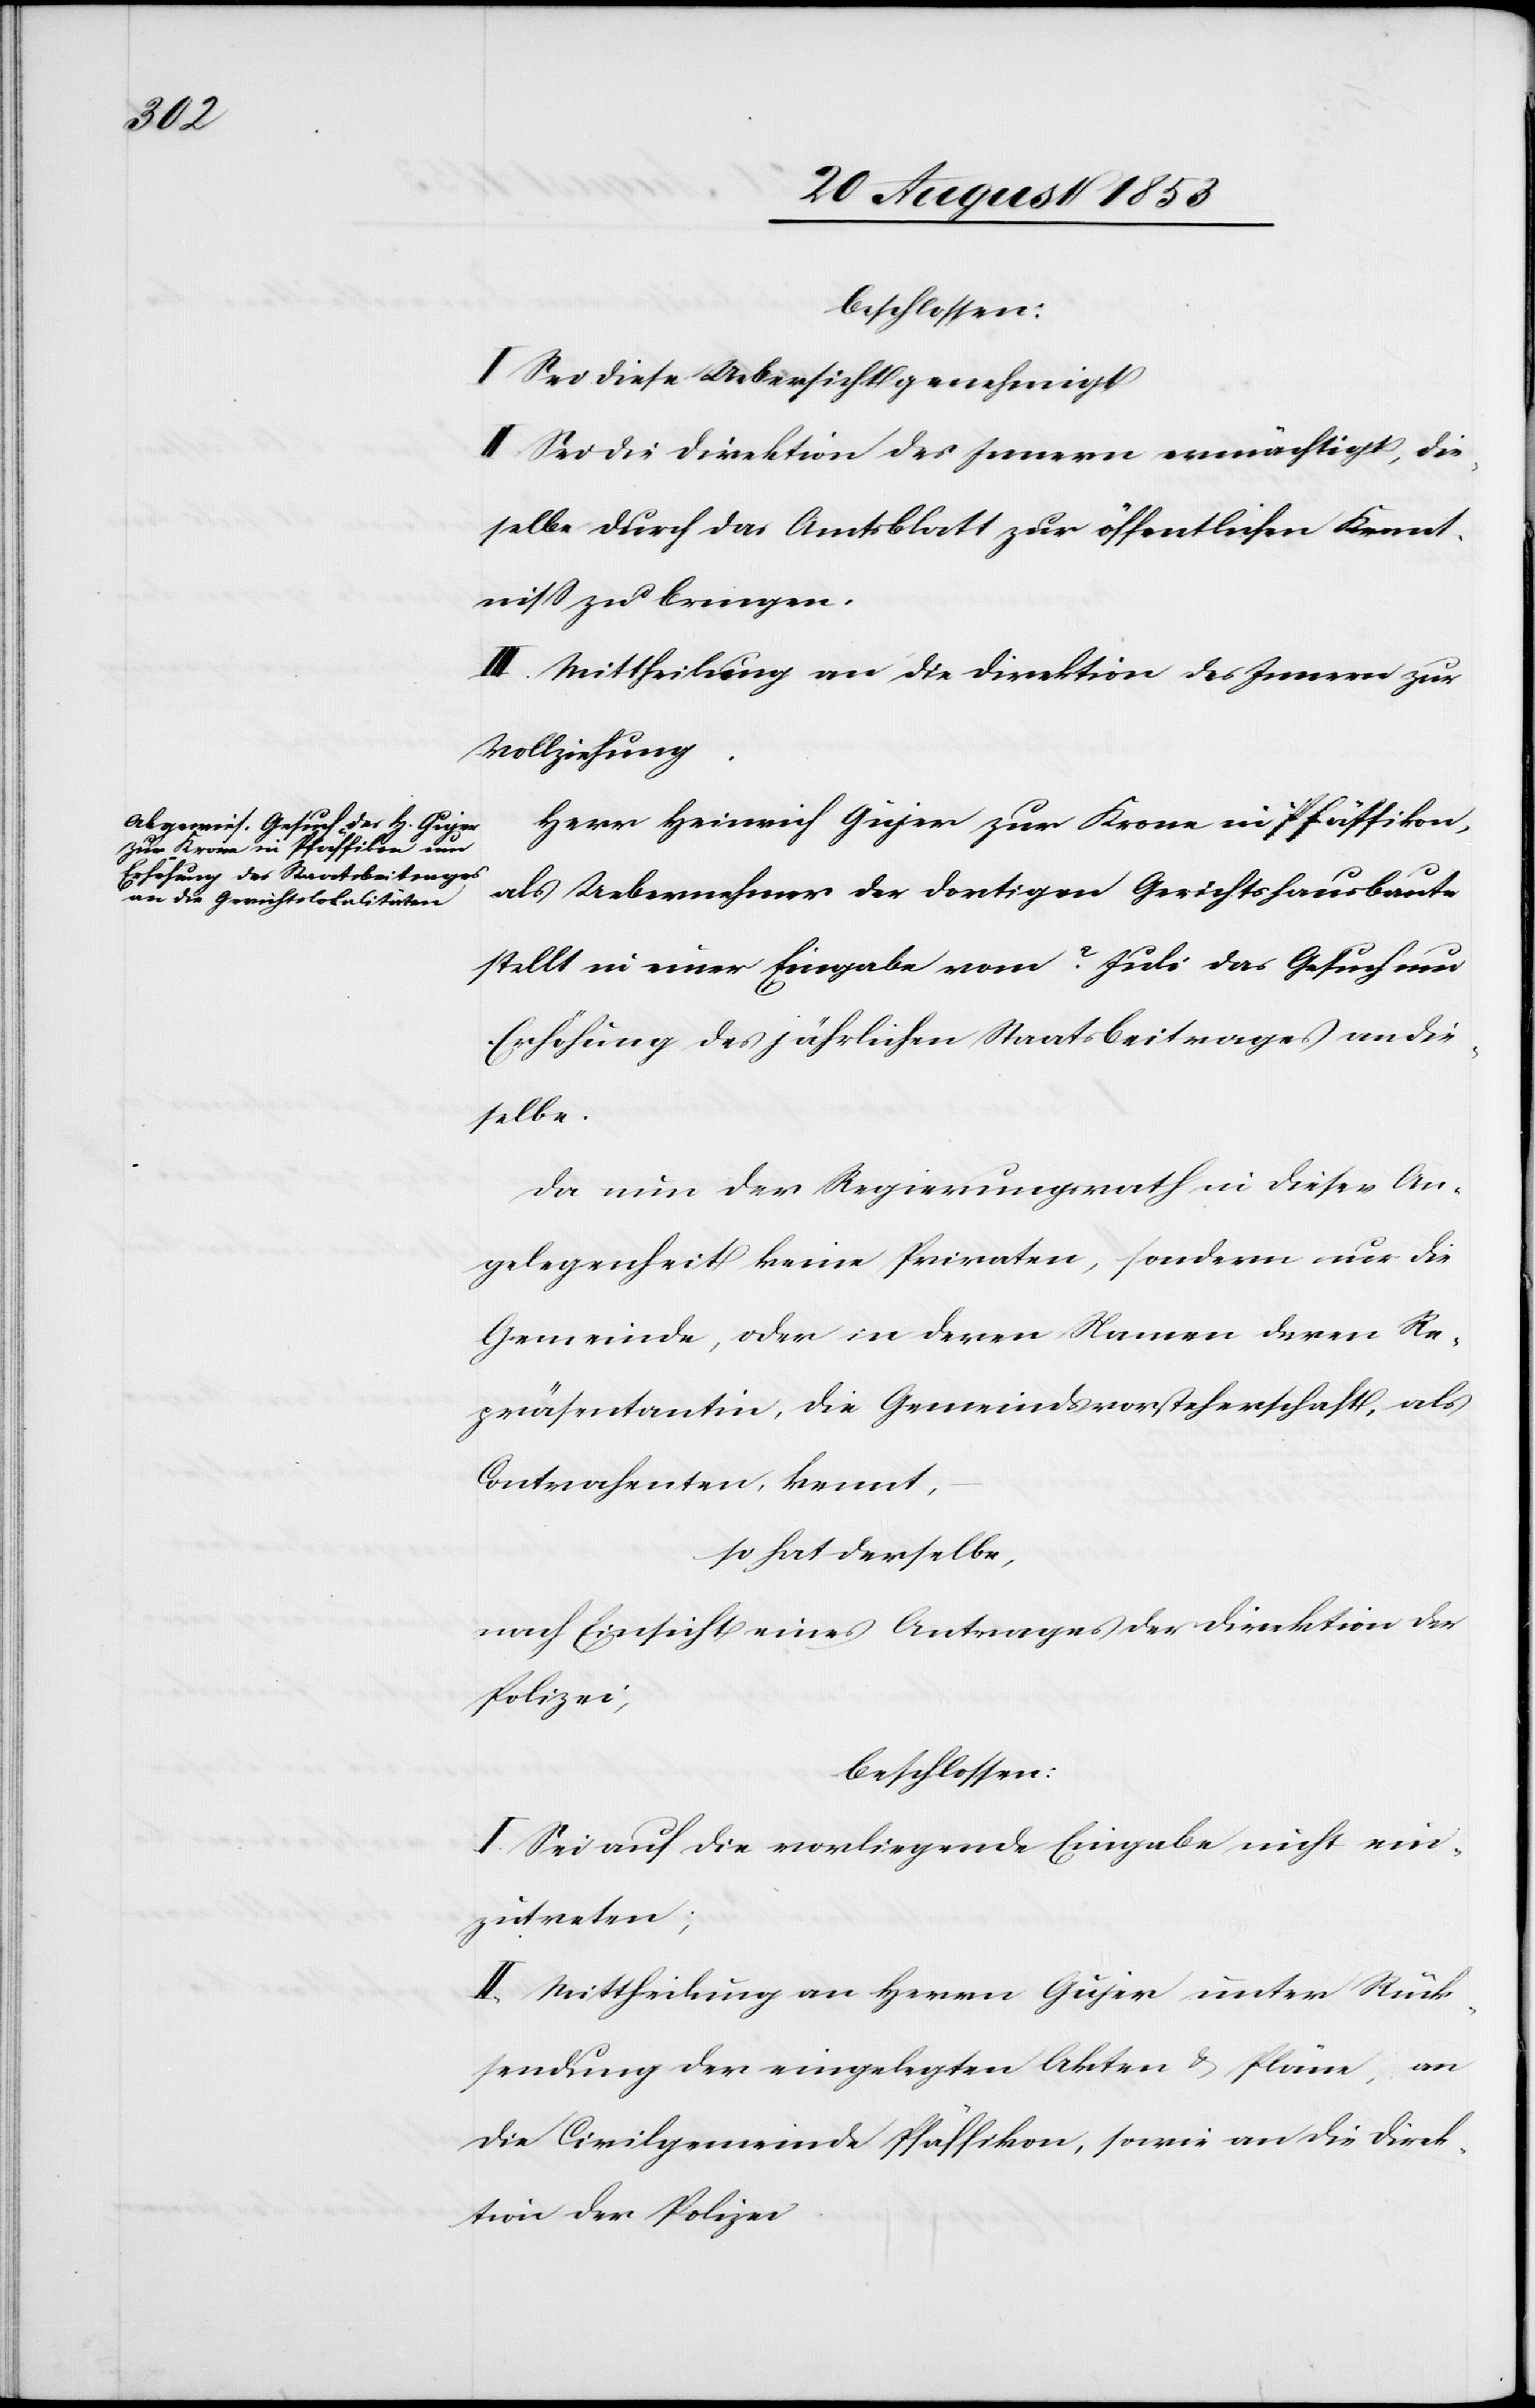
beschlossen:
I. Sei diese Uebersicht genehmigt.
II. Sei die Direktion des Innern ermächtigt, die¬
selbe durch das Amtsblatt zur öffentlichen Kennt¬
niß zu bringen.
III. Mittheilung an die Direktion des Innern zur
Vollziehung.
Herr Heinrich Gujer zur Krone in Pfäffikon,
als Uebernehmer der dortigen Gerichtshausbaute
stellt in einer Eingabe vom ? Juli [sic!] das Gesuch um
Erhöhung des jährlichen Staatsbeitrages an die¬
selbe.
Da nun der Regierungsrath in dieser An¬
gelegenheit keine Privaten, sondern nur die
Gemeinde, oder in deren Namen deren Re¬
präsentantin, die Gemeindsvorsteherschaft, als
Contrahenten, kennt,
so hat derselbe,
nach Einsicht eines Antrages der Direktion der
Polizei,
beschlossen:
I. Sei auf die vorliegende Eingabe nicht ein¬
zutreten;
II. Mittheilung an Herrn Gujer unter Rück¬
sendung der eingelegten Akten u. Pläne, an
die Civilgemeinde Pfäffikon, sowie an die Direk¬
tion der Polizei